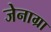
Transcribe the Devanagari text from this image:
जेनाग्रा